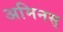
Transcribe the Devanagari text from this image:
अमिनस्